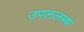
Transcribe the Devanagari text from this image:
उपललब्ध